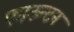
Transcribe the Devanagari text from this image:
फाऊन्टन